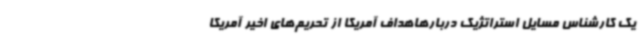
یک کارشناس مسایل استراتژیک دربارهاهداف آمریکا از تحریم‌های اخیر آمریکا